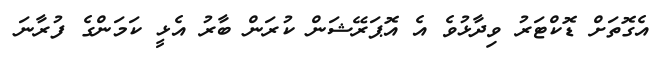
އެގޮތަށް ޑޮކްޓަރު ވިދާޅުވެ އެ އޮޕަރޭޝަން ކުރަން ބާރު އެޅީ ކަމަންގެ ފުރާނަ